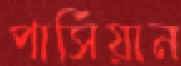
পার্সিয়ান